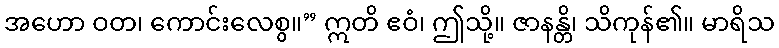
အဟော ဝတ၊ ကောင်းလေစွ။” ဣတိ ဧဝံ၊ ဤသို့။ ဇာနန္တိ၊ သိကုန်၏။ မာရိသ